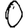
Digit: 0